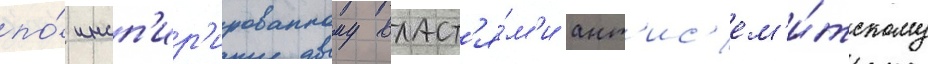
по́ инсп'ир'ированному власт'я́м'и ант'ис'ем'и́тскому